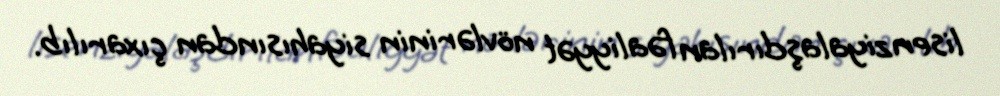
lisenziyalaşdırılan fəaliyyət növlərinin siyahısından çıxarılıb.